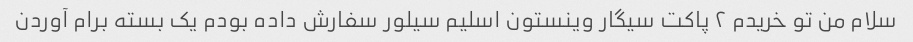
سلام من تو خریدم ۲ پاکت سیگار وینستون اسلیم سیلور سفارش داده بودم یک بسته برام آوردن